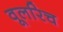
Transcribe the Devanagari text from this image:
वूलरिच